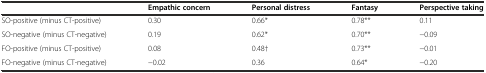
|  | Empathic concern | Personal distress | Fantasy | Perspective taking |
 | --- | --- | --- | --- | --- |
 | SO-positive (minus CT-positive) | 0.30 | 0.66* | 0.78** | 0.11 |
 | SO-negative (minus CT-negative) | 0.19 | 0.62* | 0.70** | −0.09 |
 | FO-positive (minus CT-positive) | 0.08 | 0.48† | 0.73** | −0.01 |
 | FO-negative (minus CT-negative) | −0.02 | 0.36 | 0.64* | −0.20 |